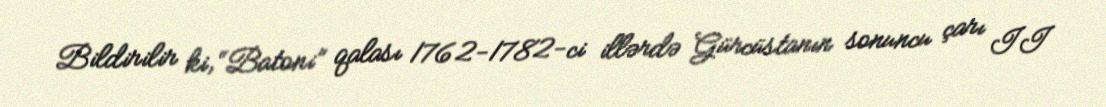
Bildirilir ki, “Batoni” qalası 1762-1782-ci illərdə Gürcüstanın sonuncu çarı II